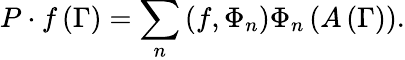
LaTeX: P\cdot f\left(\Gamma\right)=\sum_{n}\left(f,\Phi_{n}\right)\Phi_{n}\left(A\left(\Gamma\right)\right).